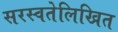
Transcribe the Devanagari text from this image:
सरस्वतेलिखित